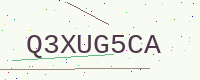
Text: Q3XUG5CA